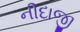
નીદાજી